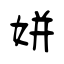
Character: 姘